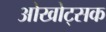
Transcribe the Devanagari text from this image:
ओखोट्सक